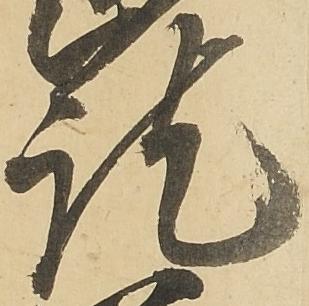
訖